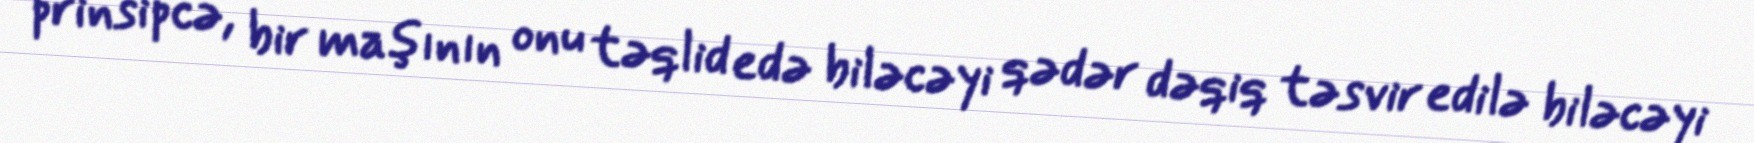
prinsipcə, bir maşının onu təqlid edə biləcəyi qədər dəqiq təsvir edilə biləcəyi